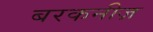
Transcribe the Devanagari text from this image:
बरकनीज़